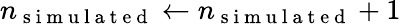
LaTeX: n_{\mathrm{~s~i~m~u~l~a~t~e~d~}}\leftarrow n_{\mathrm{~s~i~m~u~l~a~t~e~d~}}+1